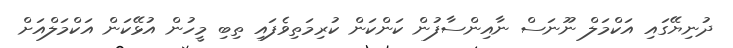
ދުނިޔޭގައި އަކްމަލް ނޫނަސް ނާއިންސާފުން ކަންކަން ކުރިމަތިވެފައި ތިބި މީހުން އުޅޭކަން އަކްމަލްއަށް